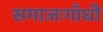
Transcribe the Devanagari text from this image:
समाजःगाँधी